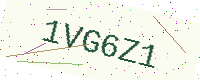
Text: 1VG6Z1